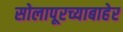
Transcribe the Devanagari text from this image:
सोलापूरच्याबाहेर